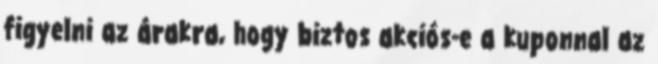
figyelni az árakra, hogy biztos akciós-e a kuponnal az